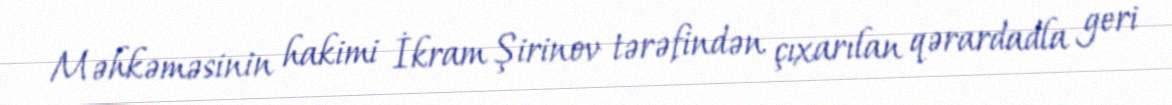
Məhkəməsinin hakimi İkram Şirinov tərəfindən çıxarılan qərardadla geri